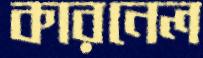
কারনেল